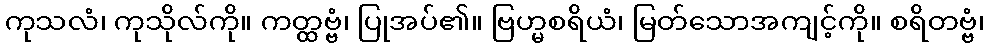
ကုသလံ၊ ကုသိုလ်ကို။ ကတ္ထဗ္ဗံ၊ ပြုအပ်၏။ ဗြဟ္မစရိယံ၊ မြတ်သောအကျင့်ကို။ စရိတဗ္ဗံ၊